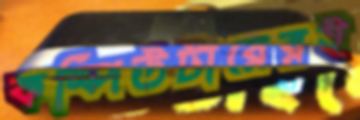
কম্পিউটারেরই